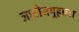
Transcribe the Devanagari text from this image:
जातीसमूहाला